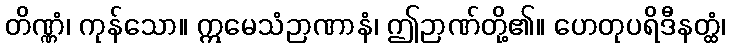
တိဏ္ဏံ၊ ကုန်သော။ ဣမေသံဉာဏာနံ၊ ဤဉာဏ်တို့၏။ ဟေတုပရိဒီနတ္ထံ၊